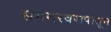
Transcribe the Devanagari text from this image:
संगमरवरापासून